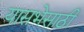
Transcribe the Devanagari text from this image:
यासभेसाठी